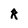
Character: R